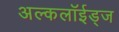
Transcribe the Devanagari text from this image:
अल्कलॉईड्‌ज